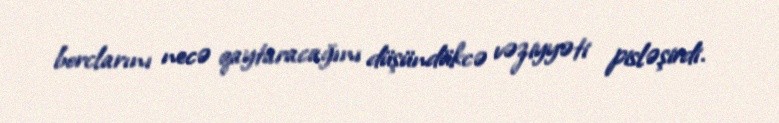
borclarını necə qaytaracağını düşündükcə vəziyyəti pisləşirdi.